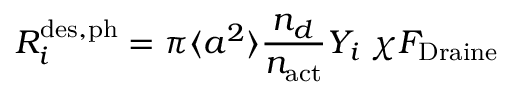
R _ { i } ^ { \mathrm { { d e s , p h } } } = \pi \langle a ^ { 2 } \rangle \frac { n _ { d } } { n _ { \mathrm { { a c t } } } } Y _ { i } \; \chi F _ { \mathrm { { D r a i n e } } }